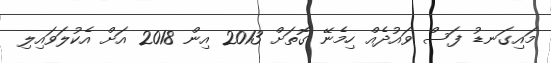
މައިގަނޑު ފަސް ވައުދެއް ހިމެނޭ ގޮތަށް 2013 އިން 2018 އަށް އެކުލަވައިލި